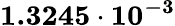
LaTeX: \mathbf{1.3245\cdot 10^{-3}}